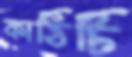
কাঠিটি